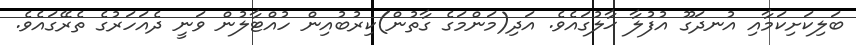
ބަލިކަށިކަމާއި އުނދަގޫ އުފުލާ ޙާލުގައެވެ. އަދި(މަންމަގެ ގާތުން)ކިރުބުއިން ހުއްޓާލުން ވަނީ ދެއަހަރުގެ ތެރޭގައެވެ.